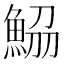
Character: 𩷂